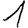
Digit: 1